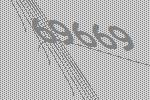
69669